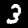
Label: 3